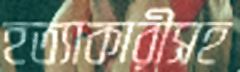
হত্যাকারীসহ